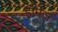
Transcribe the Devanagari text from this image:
हॉर्मज़